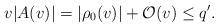
LaTeX: \begin{align*} v|A(v)|=|\rho_0(v)|+\mathcal{O}(v)\leq q'.\end{align*}